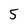
Character: 5